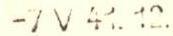
-7 V 41. 12.